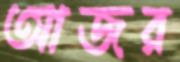
আজর